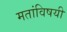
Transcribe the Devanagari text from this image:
मतांविषयी